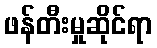
ဖန်တီးမှုဆိုင်ရာ